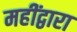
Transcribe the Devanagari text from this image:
महींद्वारा